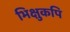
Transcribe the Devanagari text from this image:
भिक्षुकपि